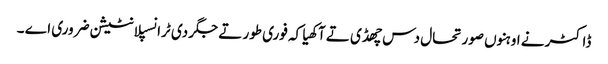
ڈاکٹر نے اوہنوں صورتحال دس چھڈی تے آکھیا کہ فوری طور تے جگر دی ٹرانسپلانٹیشن ضروری اے ۔